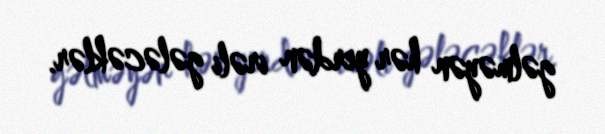
gəlməyən hər yerdən irəli gələcəklər.